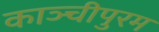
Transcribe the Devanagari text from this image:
काञ्चीपुरम